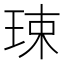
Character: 㻋